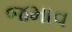
જમાવ